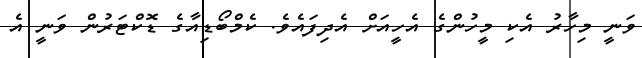
ވަނީ މިހާރު އެކި މީހުންގެ އެހީއަށް އެދިފައެވެ. ކެމްބޯޑިއާގެ ޑޮކްޓަރުން ވަނީ އެ